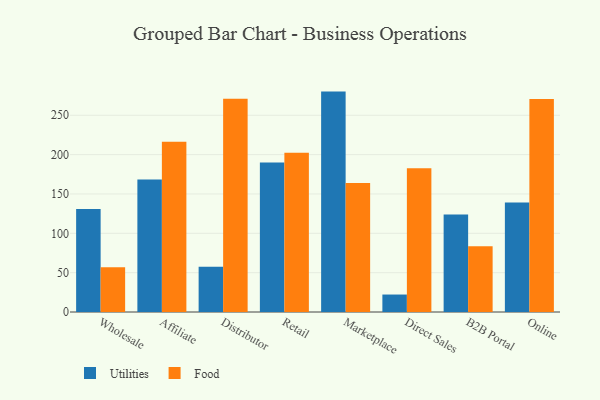
{"axis": {"x": "Channel", "y": "Demand Index"}, "legend": ["Food", "Utilities"], "data": [{"x": "Wholesale", "y": 131.0, "type": "Utilities"}, {"x": "Wholesale", "y": 57.0, "type": "Food"}, {"x": "Affiliate", "y": 168.4, "type": "Utilities"}, {"x": "Affiliate", "y": 216.5, "type": "Food"}, {"x": "Distributor", "y": 57.6, "type": "Utilities"}, {"x": "Distributor", "y": 271.0, "type": "Food"}, {"x": "Retail", "y": 190.0, "type": "Utilities"}, {"x": "Retail", "y": 202.3, "type": "Food"}, {"x": "Marketplace", "y": 280.1, "type": "Utilities"}, {"x": "Marketplace", "y": 164.1, "type": "Food"}, {"x": "Direct Sales", "y": 22.2, "type": "Utilities"}, {"x": "Direct Sales", "y": 182.7, "type": "Food"}, {"x": "B2B Portal", "y": 124.0, "type": "Utilities"}, {"x": "B2B Portal", "y": 83.7, "type": "Food"}, {"x": "Online", "y": 139.1, "type": "Utilities"}, {"x": "Online", "y": 270.7, "type": "Food"}]}